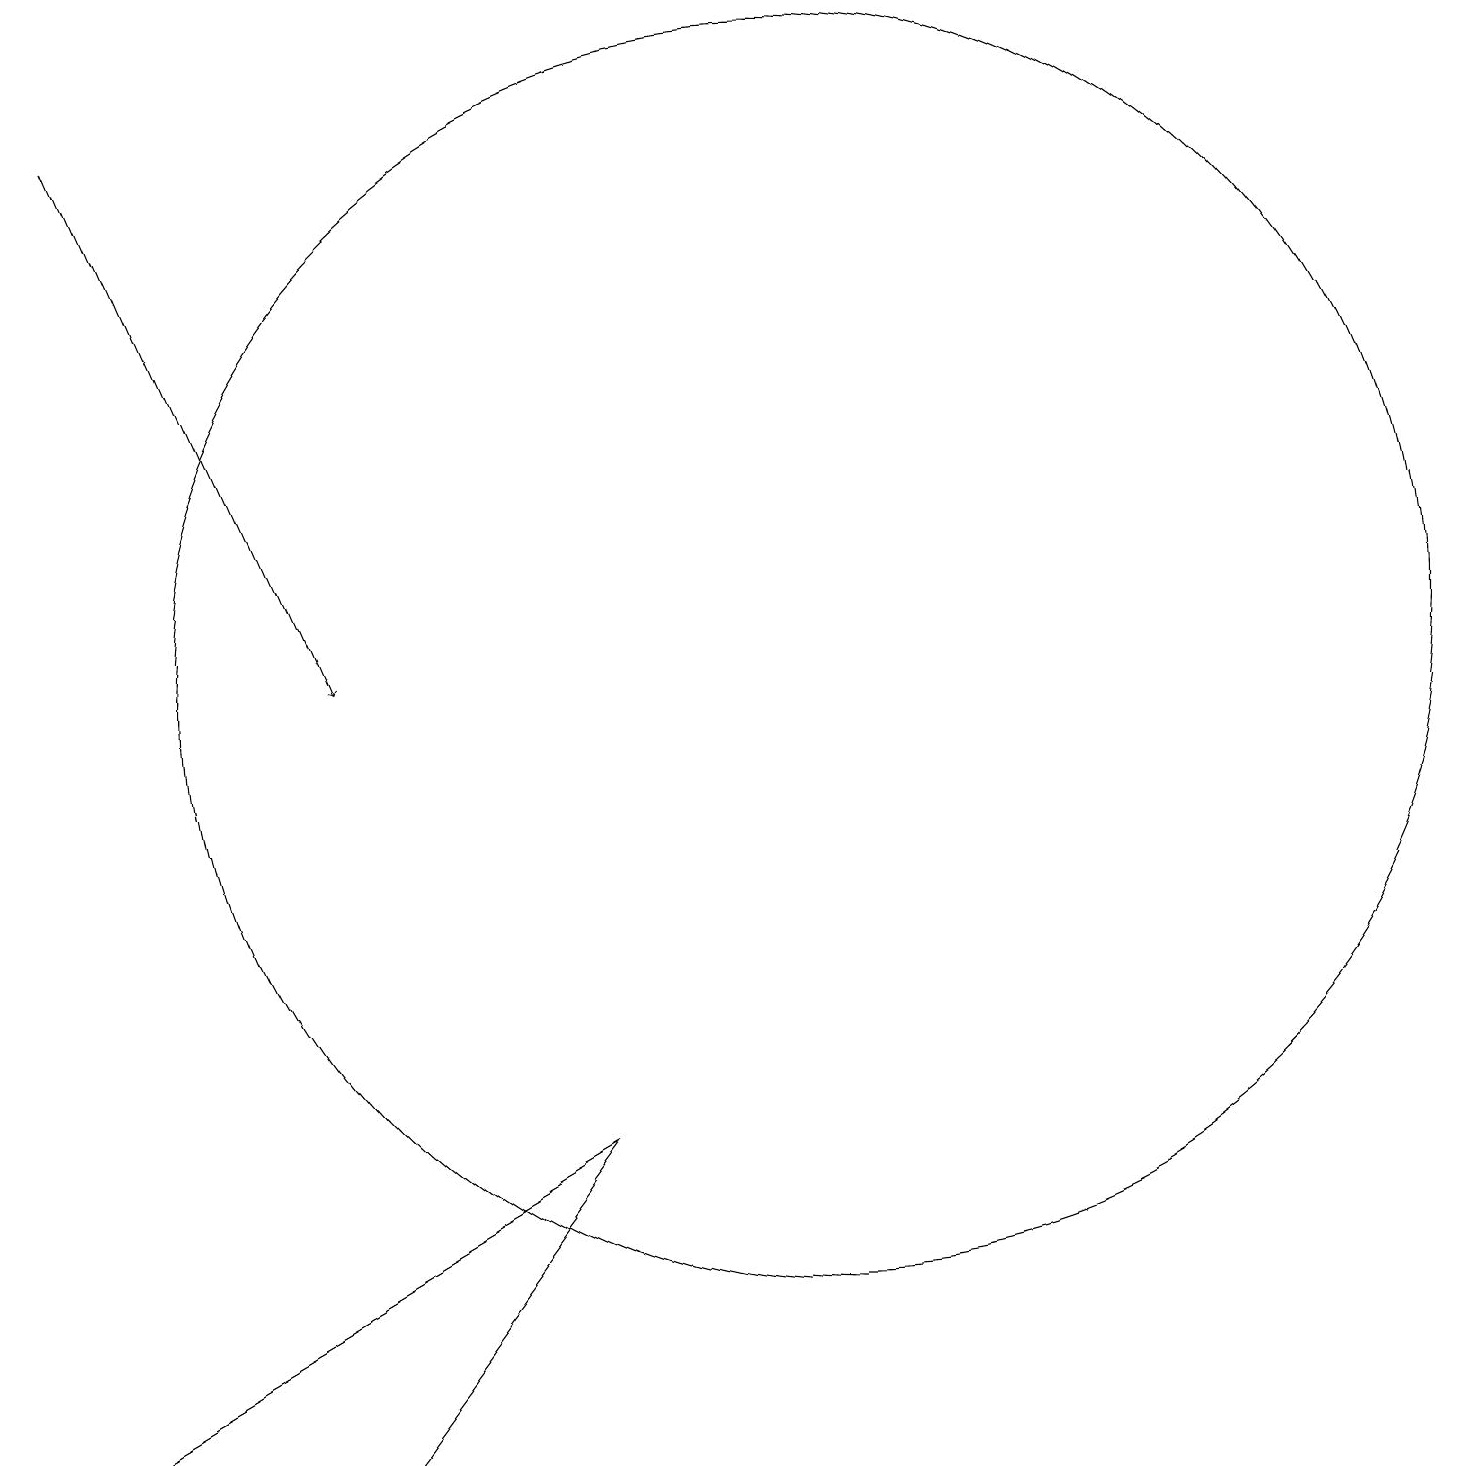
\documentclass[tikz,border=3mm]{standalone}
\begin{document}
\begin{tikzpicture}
\draw (9,5) -- (6,1) -- (2,1) -- cycle;
\draw (12,11) circle (8);
\draw[->] (3,18) -- (6,11);
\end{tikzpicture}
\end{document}